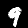
Digit: 9